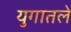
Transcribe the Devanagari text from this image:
युगातले